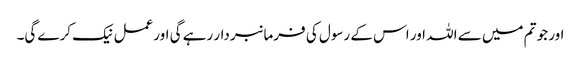
اور جو تم میں سے اللہ اور اس کے رسول کی فرمانبردار رہے گی اورعمل نیک کرے گی۔